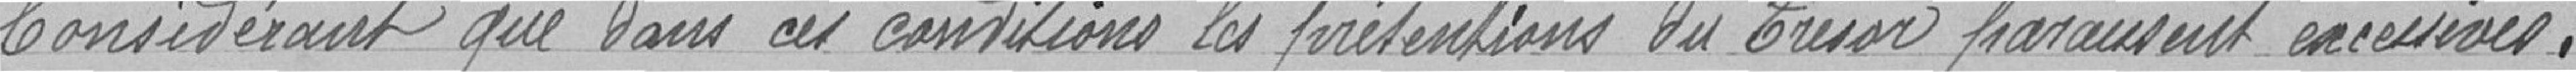
Considérant que dans ces conditions, les prétentions du Trésor paraissent excessives.